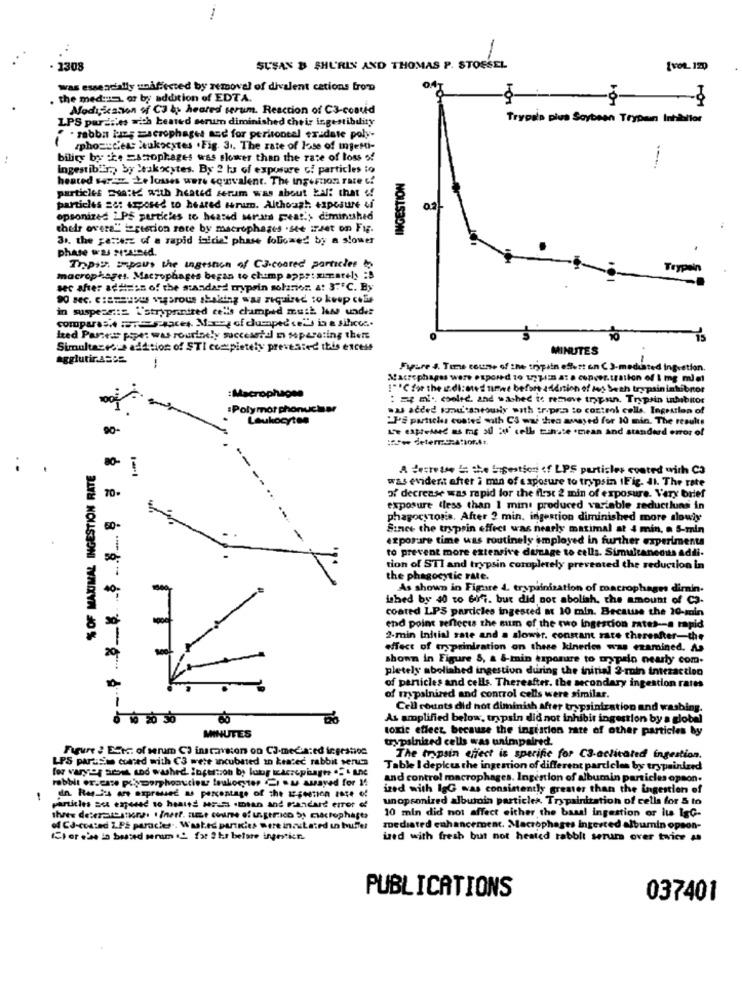
1308
SUSAN B SHURIN AND THOMAS P. STOSSEL
[VOL. 120
was essentially unaffected by removal of divalent cations from
04
the med:EL or by addition of EDTA.
-
-3-
Modification of CJ is heated terum. Reaction of C3-coated
LPS pardsies =ich heated serum diminished chris ingestibdity
Trypsin plus Soybean Trypan Inhibitor
. rabba fome; macrophages aod for peritoneal tridate poly-
phozstews leukocytes . Fig. 31. The rate of lose of mjefi-
bility byche =scophages was slower than the rate of loss of
Ingestibir ., by leak xytes. By 2 ts of exposure of particles io
heated saraw. Le losses were equivalent. The ingestion rate Li
INGESTION
particles Ssa:12 aith heated serum was about bal: that of
particles 28: smposed to heared terum. Although exposure ti
opsonized i PS particles to heard mrats Feat .; diminished
their overa" igestion rote by macrophages .ste irset on Fig.
31, the gastarz of a rapid inicial phase foliomed by a slower
phase was posted.
Trpi2. - paus the ingestion of C3-coored particles to
macrophages. Macrophages began to chump approximately :B
sec after ad#ses of the standard trypsin solarios. A: 3""C. By
90 sec. c:azouxu vigorous shaking was required to keep cele
in suspese .:= \'stryprinized cells champed musk lu under
Ited Partes popet was routinely successtal n separating then
Simultaneous addition of STI completely prevented this excess
JTES
agglutir.ASCE
Fypure J. Tens coutme of the trypsin effort en CJ-medusted ing-ation.
Macrophages were exposed to 17zi ata cover.tration of & mg m) el
!""Cio the idi: owed uwe before addition of los Seth trypsin inkibnor
:Macrophages
: z n ., coolid, and washed to remove trypsin. Trypsin inhibitor
:Polymor phonuchar
.us acerd kou.sheouiy with :ripra :o control cells. Ingestion of
Leukocytes
"Pa particles coated with CS wae then auased for 10 min. The results
90-
Le capre as mes i' cell tinate .clean and standard error of
% OF MAXIMAL INGESTION RATE
80-
A decrease to the Ingestion of LPS particles coated with CO
was evident after i man of exposure to trypsin IFig. 41. The rate
70-
of decrease was rapid for the first 2 min of exposure. Very brief
exposure (less than 1 mint produced variable reductluns in
phagocytosis. After 2 min. ingestion diminished more slowly
50-
Since the trypsin effect was nearly matimal at 4 min, a 5-min
esporre time was routinely employed in further experimenta
to prevent more extensive dupage to cells. Simultaneduta Adili-
tion of STI and trypsin completely prevented the reduction in
the phagocytic rate.
As shown in Figure d. trypainization of macrophages dirmin.
ished by 40 to 607. but did not abolish, the amount of C3.
coated LPS particles ingested a 10 min. Because the 20-min
end point reflects the sum of the two ingestion rates -- a rapid
2-min Initial rate and a slower. constant rate thereafter-the
effect of trypsiniration on these kineros wwe examined. As
shown in Figure S, a &-min exposure to mypain nearly com.
pletely abolished ingestion during the initial 2-ruin interaction
of particles and cells. Thereafter. the secondary ingestion rates
of mypalnired and control cells were similar.
Cell counts did not diminish after trypsinization and washing.
0 10 20 30
As amplified below, trypsin did not inhibir ingestion by a global
toxic eflecz because the ingestion rate of other particles by
MINUTES
trypsinized cells was unimpaired.
Figure 2 Esta: of serum C) instavston on Ca-mediated ingratioe
LPS parasi comed with C3 wete incubated in keatec rabbit seruma
The trypsin effect is specifie for C3-activated ingestion.
Table I deplus the ingestion of different particles by trypsindred
rabbit or.case polyyporphooutien leukocyter Ei ou asayed for M!
and control macrophages. Ingestion of albumin particles opson.
ized with IgG was consistently greater than the ingestion of
dn. Reg-4 are expressed a percentage of the t-seetion zate of
unopsonized alburoin particles Trypsinitation of cells for 5 to
particles set exposed to heated wris .man and mandare error of
10 min did not affect either the basal ingestion or its IgG-
of CJ-coated LPS paracles .. Wasted partkies were incubated un buffet
zoediated enhancement. Macrophages Ingested albumin opson-
Eterebe in beszed seram . for 2 hr before ingestion.
used with fresh but not heated rabbit serum over twice As
PUBLICATIONS
037401